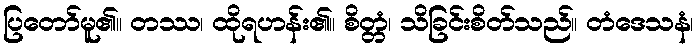
ပြတော်မူ၏။ တဿ၊ ထိုရဟန်း၏။ စိတ္တံ၊ သိခြင်းစိတ်သည်။ တံဒေသနံ၊